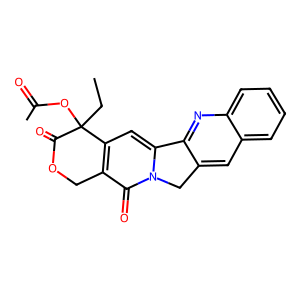
SMILES: CCC1(OC(C)=O)C(=O)OCc2c1cc1n(c2=O)Cc2cc3ccccc3nc2-1
Inhibits HIV replication: No